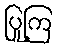
ပြုကြ